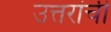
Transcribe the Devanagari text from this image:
उत्तरांची